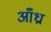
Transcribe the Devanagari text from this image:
आँध्रा